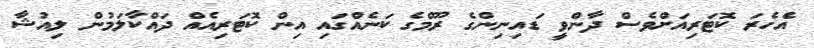
އެހެރަ ކޮޓަރިއަށްވެސް ދާންވީ ޑައިނިންގެ ރޫމްގެ ކަނެއްގައި އިން ކޮޓަރިއެއް ދައްކާލަމުން ލިއުޝާ